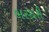
ભરથરી